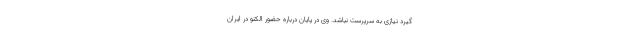
گیرد نیازی به سرپرست نباشد. وی در پایان درباره حضور الکنو در ایران